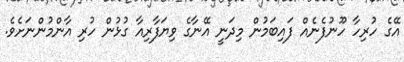
އޭގެ ހުރިހާ ހޫނުފެނެއް ފަައިބަމުން މިދަނީ އޭނާގެ ވިޔަފާރިއާ ގުޅުން ހުރި އާންމުންނަށެވެ.